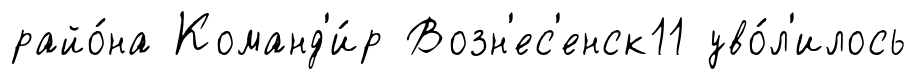
райо́на Команд'и́р Возн'ес'енск11 уво́л'илось